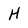
Character: H